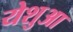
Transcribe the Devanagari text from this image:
येशुआ